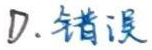
D. 错误